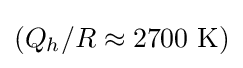
(Q_{h}/R\approx {\mbox{2700 K}})